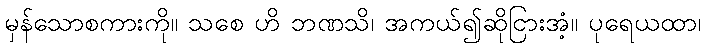
မှန်သောစကားကို။ သစေ ဟိ ဘဏသိ၊ အကယ်၍ဆိုငြားအံ့။ ပုရေယထာ၊